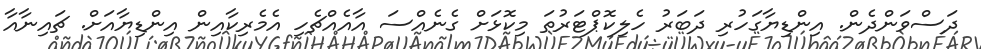
ދަސްވަންދެން. އިންޑިޔާގަހުރި ދަބަރު ހެލިކޮޕްޓަރުތަ މިކޮޅަށް ގެނެއްސަ އާއެއްޗެހި އެމެރިކާއިން އިންޑިޔާއަށް. ޗައިނާއާ